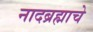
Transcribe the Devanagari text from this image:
नादब्रह्माचे